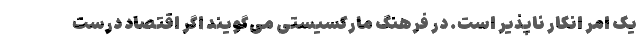
یک امر انکار ناپذیر است. در فرهنگ مارکسیستی می‌گویند اگر اقتصاد درست